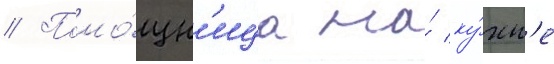
// Помо́щн'ица на́ ку́хн'е